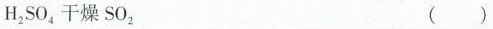
H_{2}SO_{4}干燥SO_{2} ( )